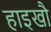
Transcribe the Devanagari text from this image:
हाइखौ